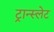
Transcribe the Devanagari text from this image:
ट्रान्स्लेट